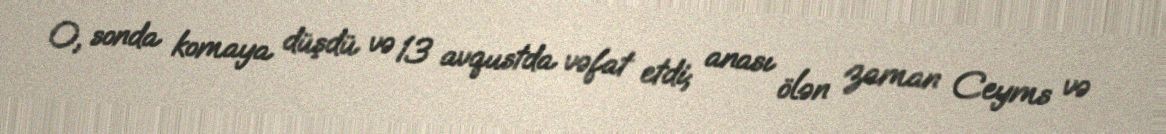
O, sonda komaya düşdü və 13 avqustda vəfat etdi; anası ölən zaman Ceyms və